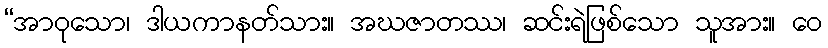
“အာဝုသော၊ ဒါယကာနတ်သား။ အဃဇာတဿ၊ ဆင်းရဲဖြစ်သော သူအား။ ဝေ